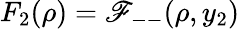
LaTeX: F_{2}(\rho)=\mathscr{F}_{--}(\rho,y_{2})